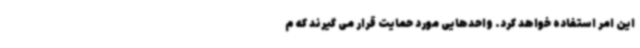
این امر استفاده خواهد کرد. واحدهایی مورد حمایت قرار می گیرند که م